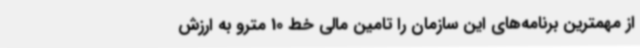
از مهمترین برنامه‌های این سازمان را تامین مالی خط 10 مترو به ارزش